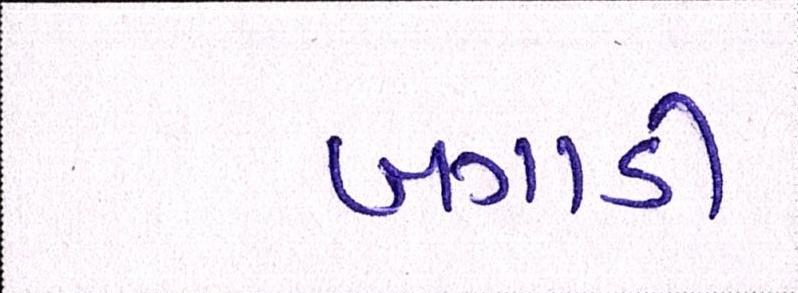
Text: બગાડી